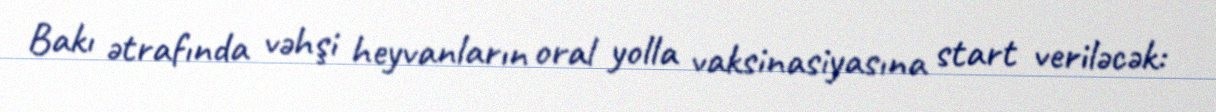
Bakı ətrafında vəhşi heyvanların oral yolla vaksinasiyasına start veriləcək: